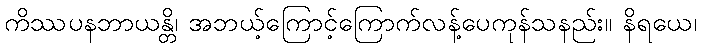
ကိဿပနဘာယန္တိ၊ အဘယ့်ကြောင့်ကြောက်လန့်ပေကုန်သနည်း။ နိရယေ၊